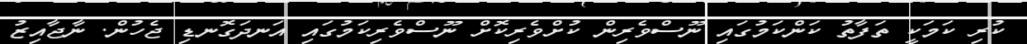
ކުރި ކަމަކީ ތަފާތު ކަންކަމުގައި ނޫސްވެރިން ކުށްވެރިކޮށް ނޫސްވެރިކަމުގައި އަނދަގޮނޑި ޖެހުން. ނާޖާއިޒު